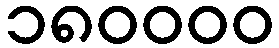
၁၈၀၀၀၀